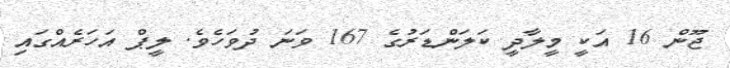
ޖޫން 16 އަކީ މީލާދީ ކަލަންޑަރުގެ 167 ވަނަ ދުވަހެވެ. ލީޕް އަހަރެއްގައި